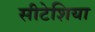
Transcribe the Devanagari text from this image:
सीटेशिया